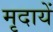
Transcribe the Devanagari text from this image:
मृदायें